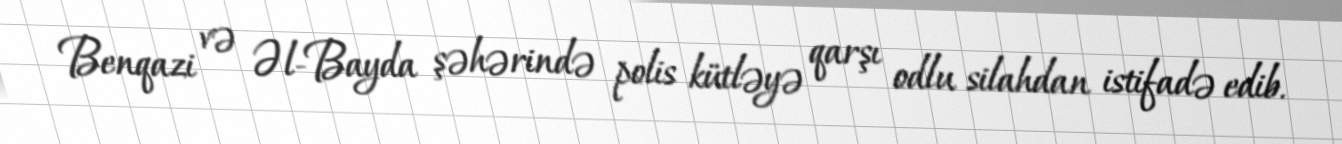
Benqazi və Əl-Bayda şəhərində polis kütləyə qarşı odlu silahdan istifadə edib.